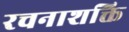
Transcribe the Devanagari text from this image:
रचनाशक्ति